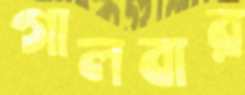
গালবার